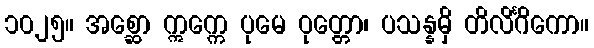
၁၀၂၅။ အစ္ဆော ဣက္ကေ ပုမေ ဝုတ္တော၊ ပသန္နမှိ တိလိင်္ဂိကော။